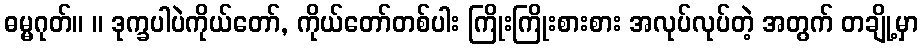
ဓမ္မဂုတ်။ ။ ဒုက္ခပါပဲကိုယ်တော်, ကိုယ်တော်တစ်ပါး ကြိုးကြိုးစားစား အလုပ်လုပ်တဲ့ အတွက် တချို့မှာ